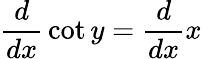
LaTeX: {\frac{d}{dx}}\cot y={\frac{d}{dx}}x